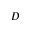
D